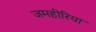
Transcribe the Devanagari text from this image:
जमहीरिया